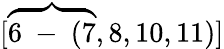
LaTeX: [\overbrace{6\mathrm{~-~}(7},8,10,11)]